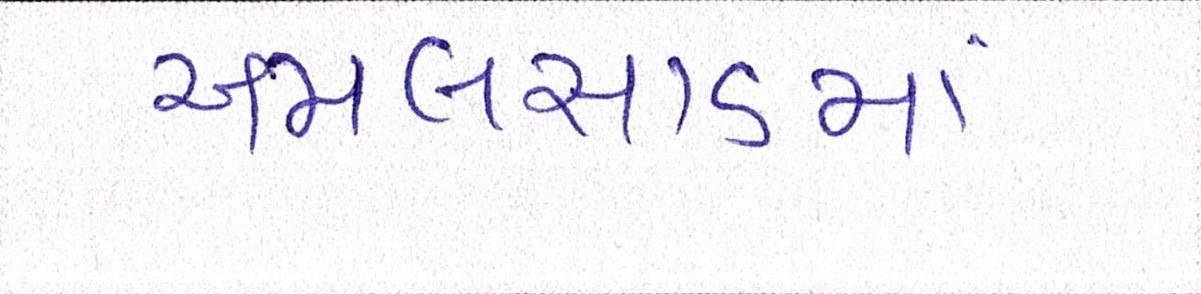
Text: અમલસાડમાં